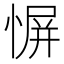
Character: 𫺬